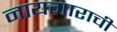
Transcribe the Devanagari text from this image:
नायगाराची